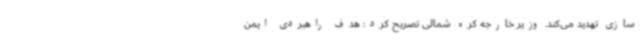
سازی تهدید می‌کند. وزیر خارجه کره شمالی تصریح کرد: هدف راهبردی ایمن